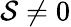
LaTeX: {\cal S}\ne 0